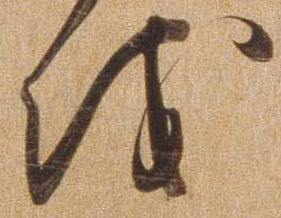
を